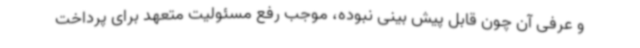
و عرفی آن چون قابل پیش بینی نبوده، موجب رفع مسئولیت متعهد برای پرداخت